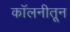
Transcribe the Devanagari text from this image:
कॉलनीतून